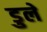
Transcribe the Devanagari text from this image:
डुले